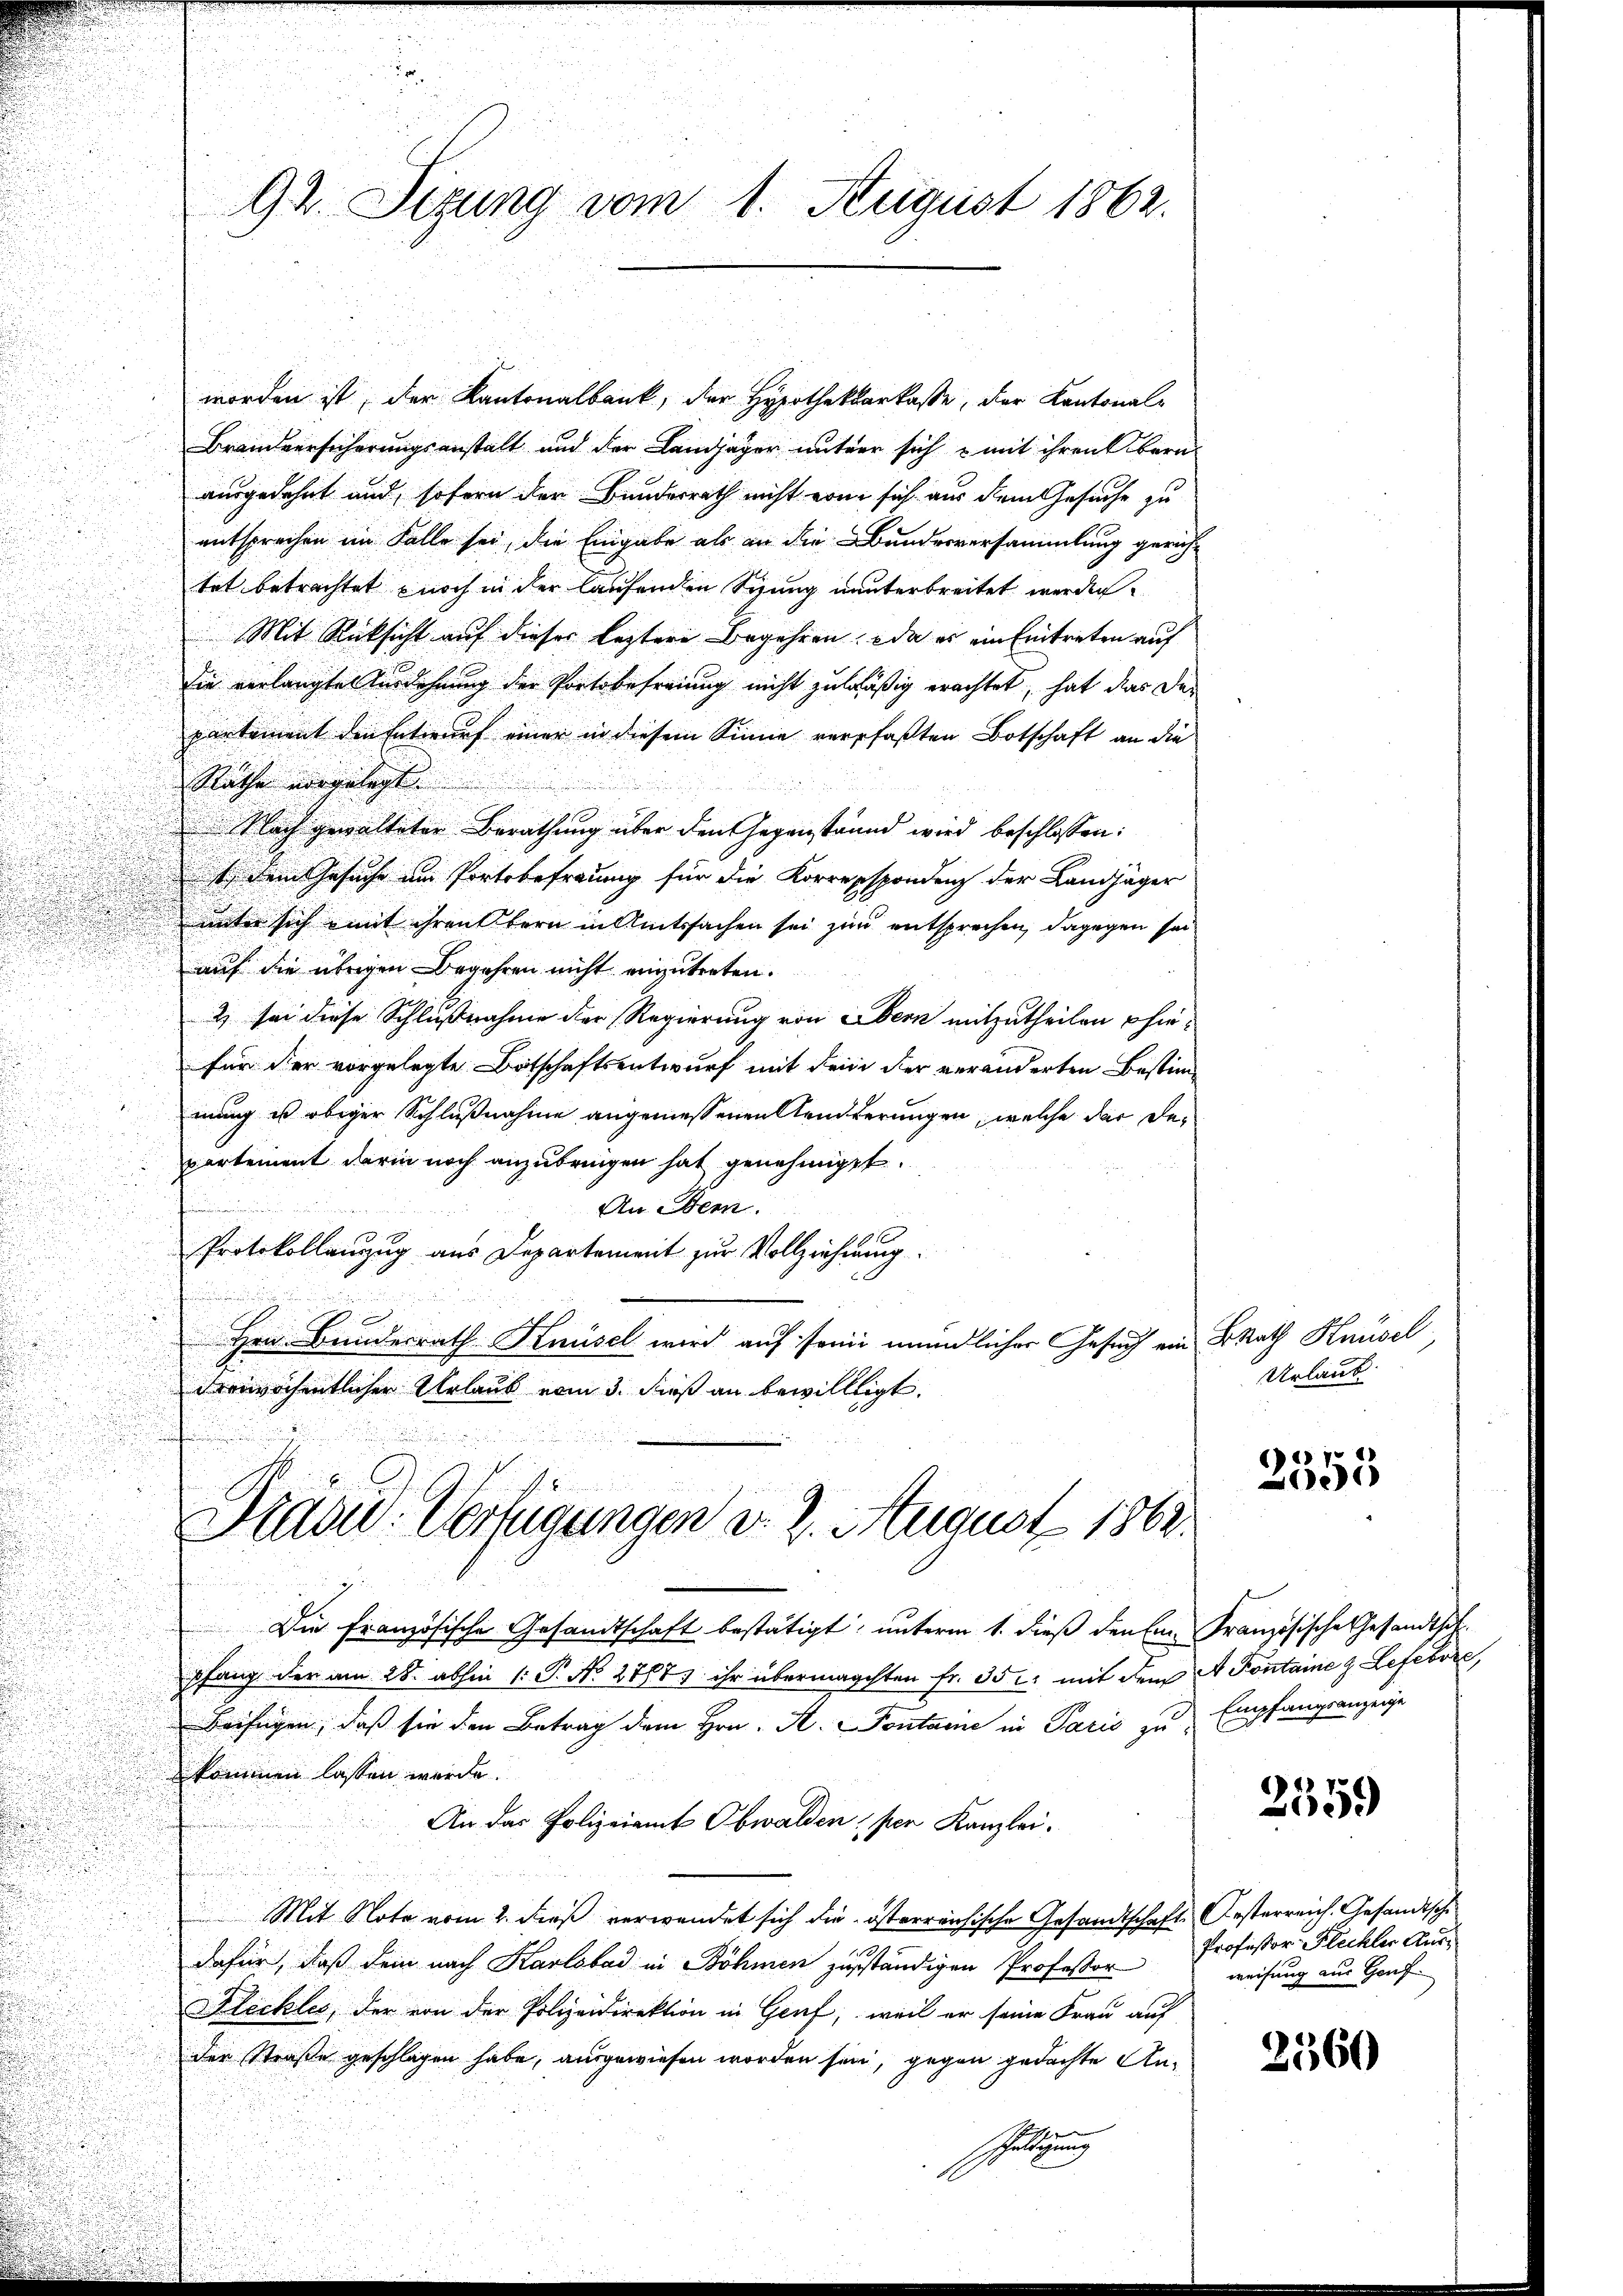
worden ist, der Kantonalbank, der Hypothekarkasse, der Kantonal-
Brandversicherungsanstalt und der Landjäger unter sich mit ihren Bern
ausgedehnt und, sofern der Bundesrath nicht von sich aus dem Gesuche zu
entsprechen im Falle sei, die Eingabe als an die Bundesversammlung gerich-
tet betrachtet noch in der laufenden Sizung nunterbreitet werden.
Mit Rücksicht auf dieser leztere Begehren: da er ein Eintreten auf
die verlangte Ausdehnung der Portobefreiung nicht zuläßig erachtet, hat das der
partement den Entwurf einer in diesem Sinne verpfaßten Botschaft an die
Rathe vorgelegt.
Flach gewalteter Berathung über den Gegenstännd wird beschlossen:
t dem Gesuche am Portobefreung für die Korrespondenz der Landjäger
unter sich mit ihren Bern in Amtssachen sei zur entsprechen, dagegen sei
auf die übrigen Begehren nicht einzutreten.
2) sei diese Schlußnahme der Regierung von Obern mitzutheilen hiefür der vorgelegte Botschaftsentwurf mit dem der veränderten Bestimmung ist obiger Schlußnahme angemessenen Arndterungen, welche der Departement darin noch anzubringen hat genehmiget.
An Stem
n
Protokollanzug aus Departement zur Vollziehung.

Hrn. Bundesrath Knüsel wird auf seine mündlicher Gesuch ein BRath Knüsel
drrwöchentlicher Urlaub vom 3. dieß an bewilligt.
Pradw. Verfügungen d. 2. August 1862.
Die französische Gesandtschaft bestätigt, unterm 1. dieß denen Französische Gesandtsch.
pfang der am 28. abhin 1: P. N. 2767. ihr übermachten fr. 35 f: mit dem A Kontaine z Lefevre,
Beifügen, daß sie den Betrag dem Hrn. A. Fontane in Paris zu Empfangsanzeige
kommen lassen werde.
An das Polizeiamt Obwalden, per Kanzlei.
Mit Note vom 2. dieß verwendet sich die österreichische Gesandtschaft Oesterreich. Gesandtsche
dafür, daß dein nach Karlsbad in Böhmen zuständigen Professor
Fleckles, der von der Polizeidirektion in Genf, weil er seine Frau auf
der Straße geschlagen habe, ausgewiesen worden sein, gegen gedachte Anslegung

92 Sizung vom 1. August 1862.

Urlaub

617.
15

2359

Professor Flechter Ausweisung aus Genf.

2560